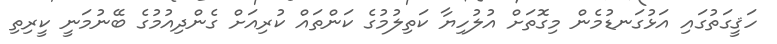
ހަޤީގަތުގައި އަޅުގަނޑުމެން މިގޮތަށް އުލުހިޔާ ކަތިލުމުގެ ކަންތައް ކުރިއަށް ގެންދިއުމުގެ ބޭނުމަނީ ކީރިތި